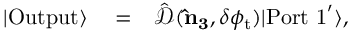
\begin{array} { r l r } { | \mathrm { O u t p u t } \rangle } & { { } = } & { \hat { \mathcal { D } } ( { \bf \hat { n } _ { 3 } } , \delta \phi _ { \mathrm { t } } ) | \mathrm { P o r t \ 1 } ^ { \prime } \rangle , } \end{array}